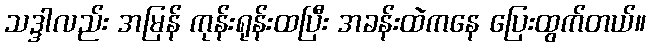
သဒ္ဒါလည်း အမြန် ကုန်းရုန်းထပြီး အခန်းထဲကနေ ပြေးထွက်တယ်။